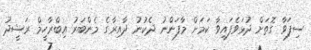
ސިފަވާ ގޮތަށް ދުޅަވެފައިވާ ކަމަށް މާފަންނު ދެކުނު ދާއިރާގެ މެންބަރު އިބްރާހީމް ރަޝީދު